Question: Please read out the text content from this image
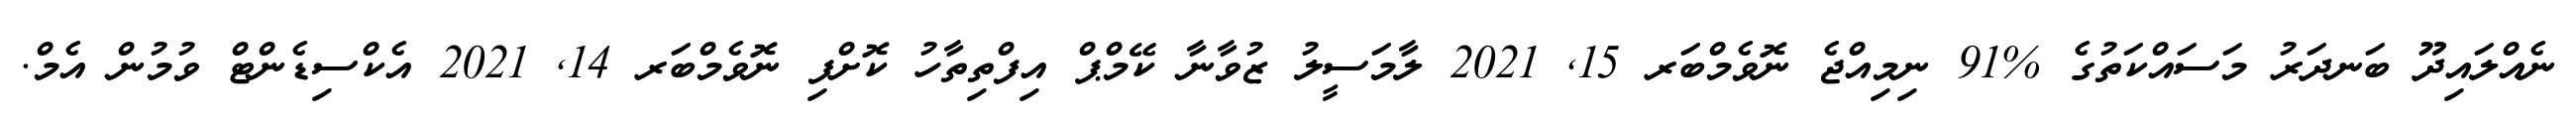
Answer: ނެއްލައިދޫ ބަނދަރު މަސައްކަތުގެ %91 ނިމިއްޖެ ނޮވެމްބަރ 15, 2021 ލާމަސީލު ޒުވާނާ ކޭމްޕް އިފްތިތާހު ކޮށްފި ނޮވެމްބަރ 14, 2021 އެކްސިޑެންޓް ވުމުން އެމް.